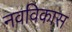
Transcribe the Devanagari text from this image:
नवविकास